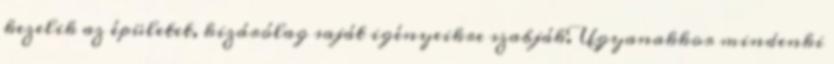
kezelik az épületet, kizárólag saját igényeikre szabják. Ugyanakkor mindenki